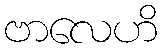
ဗာလေဟိ